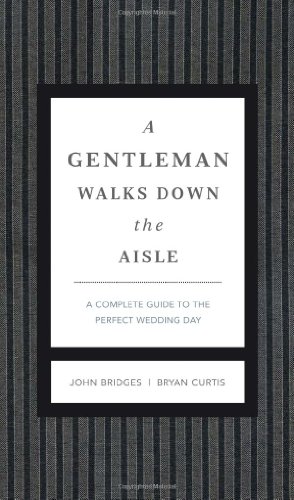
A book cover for A Gentleman Walks Down the Aisle: A Complete Guide to the Perfect Wedding Day; John Bridges; Crafts, Hobbies & Home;